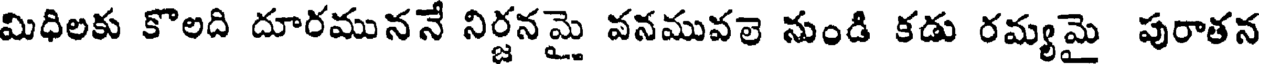
మిధిలకు కొలది దూరముననే నిర్జనమై వనమువలె నుండి కడు రమ్యమై పురాతన